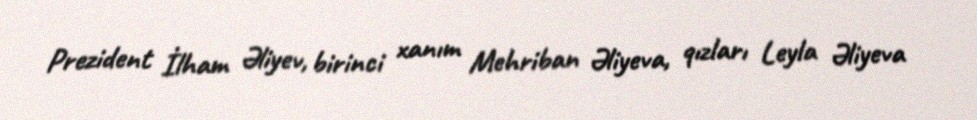
Prezident İlham Əliyev, birinci xanım Mehriban Əliyeva, qızları Leyla Əliyeva